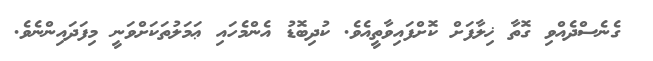
ގެނެސްދެއްވި ގޮތާ ޚިލާފަށް ކޮށްފައިވާތީއެވެ. ކުދިބޮޑު އެންމެހައި ޢަމަލުތަކަށްވަނީ މިފަދައިންނެވެ.